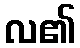
လ၏